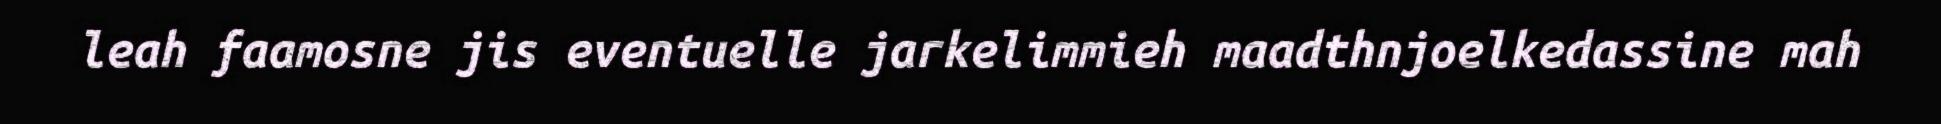
leah faamosne jis eventuelle jarkelimmieh maadthnjoelkedassine mah